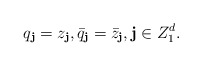
\begin{align*}q_\textbf{j}=z_\textbf{j},\bar q_\textbf{j}=\bar z_\textbf{j},\textbf{j} \in Z_1^d.\end{align*}